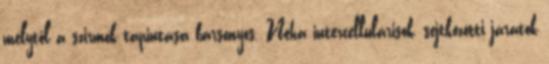
melytől a szirmok tapintása bársonyos. Néha intercellulárisok, sejtközötti járatok